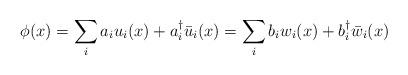
LaTeX: \begin{align*}\phi(x)=\sum_{i}a_{i}u_{i}(x)+a_{i}^{\dagger}\bar{u}_{i}(x)=\sum_{i}b_{i}w_{i}(x)+b_{i}^{\dagger}\bar{w}_{i}(x)\end{align*}